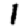
Digit: 1